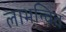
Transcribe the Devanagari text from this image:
लाभन्वित